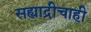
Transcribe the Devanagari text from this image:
सह्याद्रीचाही